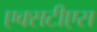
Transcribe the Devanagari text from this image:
एक्सटीएस